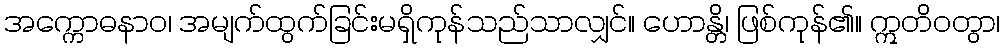
အက္ကောဓနာဝ၊ အမျက်ထွက်ခြင်းမရှိကုန်သည်သာလျှင်။ ဟောန္တိ၊ ဖြစ်ကုန်၏။ ဣတိဝတွာ၊